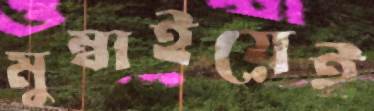
মুম্বাইয়েই